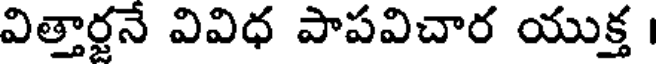
విత్తార్జనే వివిధ పాపవిచార యుక్త